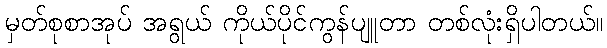
မှတ်စုစာအုပ် အရွယ် ကိုယ်ပိုင်ကွန်ပျူတာ တစ်လုံးရှိပါတယ်။